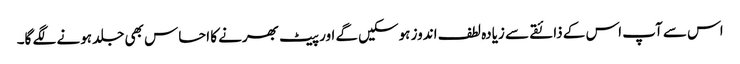
اس سے آپ اس کے ذائقے سے زیادہ لطف اندوز ہوسکیں گے اور پیٹ بھرنے کا احساس بھی جلد ہونے لگے گا۔